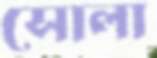
সোলা